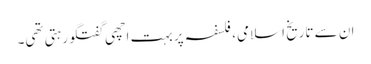
ان سے تاریخ اسلامی، فلسفہ پر بہت اچھی گفتگو رہتی تھی۔